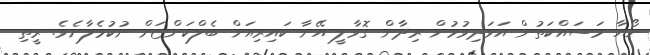
ނޯޔާ މަސައްކަތުން އަވަދިވުމުން ރިދާން ގޮވާލީ އޭނާ ކައިރިއަށް ބެލްކަންޏަށް ނުކުމެލާށެވެ. ރީތި